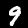
Digit: 9